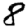
Digit: 8